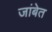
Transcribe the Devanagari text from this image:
जांबेत